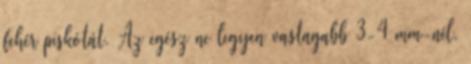
fehér piskótát. Az egész ne legyen vastagabb 3-4 mm-nél.